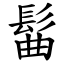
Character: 髷